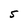
Character: S